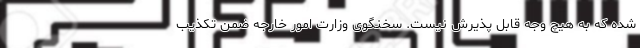
شده که به هیچ وجه قابل پذیرش نیست. سخنگوی وزارت امور خارجه ضمن تکذیب